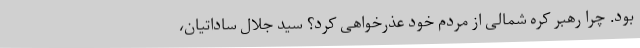
بود. چرا رهبر کره شمالی از مردم خود عذرخواهی کرد؟ سید جلال ساداتیان،